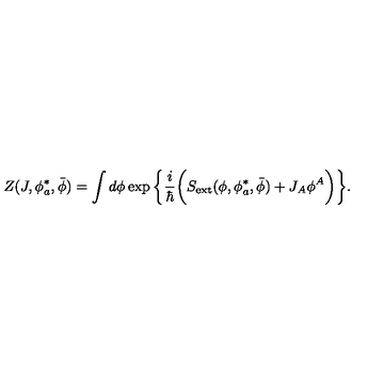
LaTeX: Z ( J , \phi _ { a } ^ { * } , \bar { \phi } ) = \int d \phi \exp \bigg \{ \frac { i } { \hbar } \bigg ( S _ { \mathrm { e x t } } ( \phi , \phi _ { a } ^ { * } , \bar { \phi } ) + J _ { A } \phi ^ { A } \bigg ) \bigg \} .